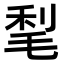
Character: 𣮀